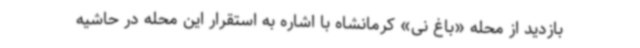
بازدید از محله «باغ نی» کرمانشاه با اشاره به استقرار این محله در حاشیه